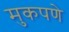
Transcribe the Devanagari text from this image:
मुकपणे